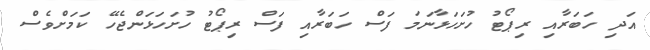
އަދި ހަބަރާއި ރިޕޯޓު ހުށަހަޅާނަމަ ފަސް ހަބަރާއި ފަސް ރިޕޯޓު ހުށަހަޅަންޖެހޭ ކަމަށްވެސް